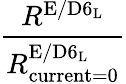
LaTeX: \frac{R^{\mathrm{E/D6_{L}}}}{R_{\mathrm{current=0}}^{\mathrm{E/D6_{L}}}}